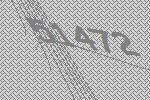
51472